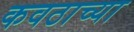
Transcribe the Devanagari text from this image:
कवठाच्या